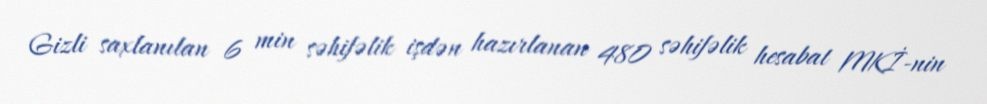
Gizli saxlanılan 6 min səhifəlik işdən hazırlanan 480 səhifəlik hesabat MKİ-nin